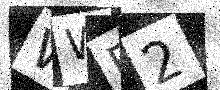
Text: WWF2